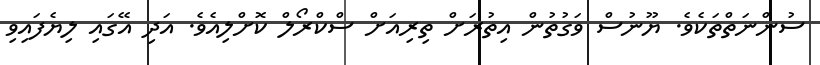
ސުންނަތްތަކެވެ. ޔޫނުސް ވަގުތުން އިތުރަށް ތިރިއަށް ސްކްރޯލް ކޮށްލިއެވެ. އަދި އޭގައި ލިޔެފައިވި